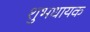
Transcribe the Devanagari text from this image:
शुभधायक